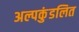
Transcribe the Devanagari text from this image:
अल्पकुंडलित